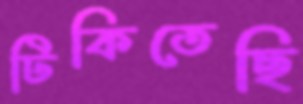
টিকিতেছি